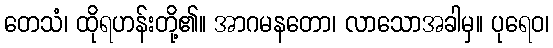
တေသံ၊ ထိုရဟန်းတို့၏။ အာဂမနတော၊ လာသောအခါမှ။ ပုရေဝ၊